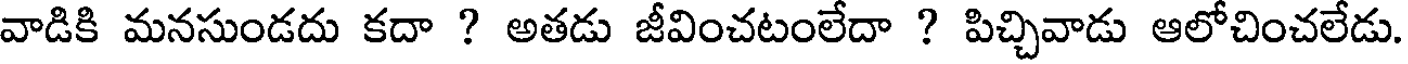
వాడికి మనసుండదు కదా ? అతడు జీవించటంలేదా ? పిచ్చివాడు ఆలోచించలేడు